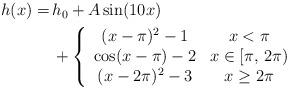
LaTeX: \begin{align*}\begin{aligned}h(x) =&\, h_0+A\sin(10x)\\&\,+\left\{\begin{array}{cc}(x-\pi)^2-1 & x < \pi\\\cos(x-\pi)-2 & x \in [\pi,\,2\pi)\\(x-2\pi)^2-3 & x \ge 2\pi\end{array}\right.\end{aligned}\end{align*}